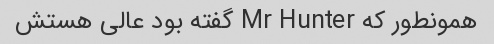
همونطور که Mr Hunter گفته بود عالی هستش